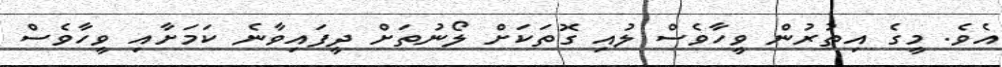
އެވެ. މީގެ އިތުރުން ވީހާވެސް ލުއި ގޮތަކަށް ލޯނުތަށް ދީފައިވާނެ ކަމަށާއި ވީހާވެސް